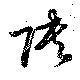
陜